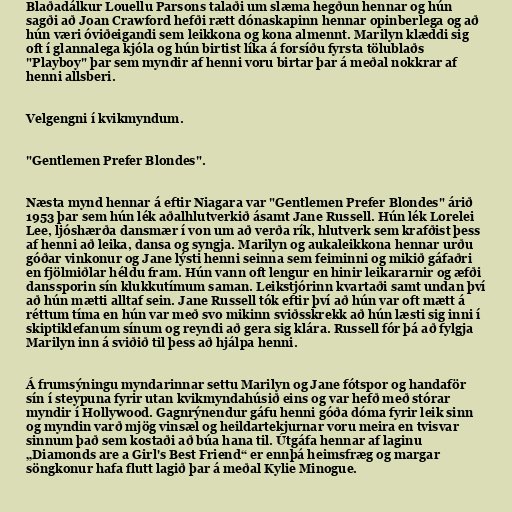
Blaðadálkur Louellu Parsons talaði um slæma hegðun hennar og hún
sagði að Joan Crawford hefði rætt dónaskapinn hennar opinberlega og að
hún væri óviðeigandi sem leikkona og kona almennt. Marilyn klæddi sig
oft í glannalega kjóla og hún birtist líka á forsíðu fyrsta tölublaðs
"Playboy" þar sem myndir af henni voru birtar þar á meðal nokkrar af
henni allsberi.

Velgengni í kvikmyndum.

"Gentlemen Prefer Blondes".

Næsta mynd hennar á eftir Niagara var "Gentlemen Prefer Blondes" árið
1953 þar sem hún lék aðalhlutverkið ásamt Jane Russell. Hún lék Lorelei
Lee, ljóshærða dansmær í von um að verða rík, hlutverk sem krafðist þess
af henni að leika, dansa og syngja. Marilyn og aukaleikkona hennar urðu
góðar vinkonur og Jane lýsti henni seinna sem feiminni og mikið gáfaðri
en fjölmiðlar héldu fram. Hún vann oft lengur en hinir leikararnir og æfði
danssporin sín klukkutímum saman. Leikstjórinn kvartaði samt undan því
að hún mætti alltaf sein. Jane Russell tók eftir því að hún var oft mætt á
réttum tíma en hún var með svo mikinn sviðsskrekk að hún læsti sig inni í
skiptiklefanum sínum og reyndi að gera sig klára. Russell fór þá að fylgja
Marilyn inn á sviðið til þess að hjálpa henni.

Á frumsýningu myndarinnar settu Marilyn og Jane fótspor og handaför
sín í steypuna fyrir utan kvikmyndahúsið eins og var hefð með stórar
myndir í Hollywood. Gagnrýnendur gáfu henni góða dóma fyrir leik sinn
og myndin varð mjög vinsæl og heildartekjurnar voru meira en tvisvar
sinnum það sem kostaði að búa hana til. Útgáfa hennar af laginu
„Diamonds are a Girl's Best Friend“ er ennþá heimsfræg og margar
söngkonur hafa flutt lagið þar á meðal Kylie Minogue.